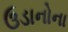
ઉડાનોના